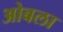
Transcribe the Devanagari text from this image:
ओबला